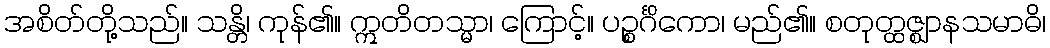
အစိတ်တို့သည်။ သန္တိ၊ ကုန်၏။ ဣတိတသ္မာ၊ ကြောင့်။ ပဉ္စင်္ဂိကော၊ မည်၏။ စတုတ္ထဇ္ဈာနသမာဓိ၊